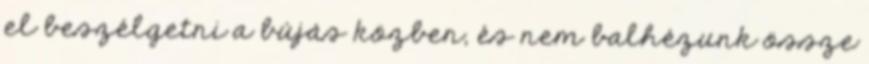
el beszélgetni a bújás közben, és nem balhézunk össze